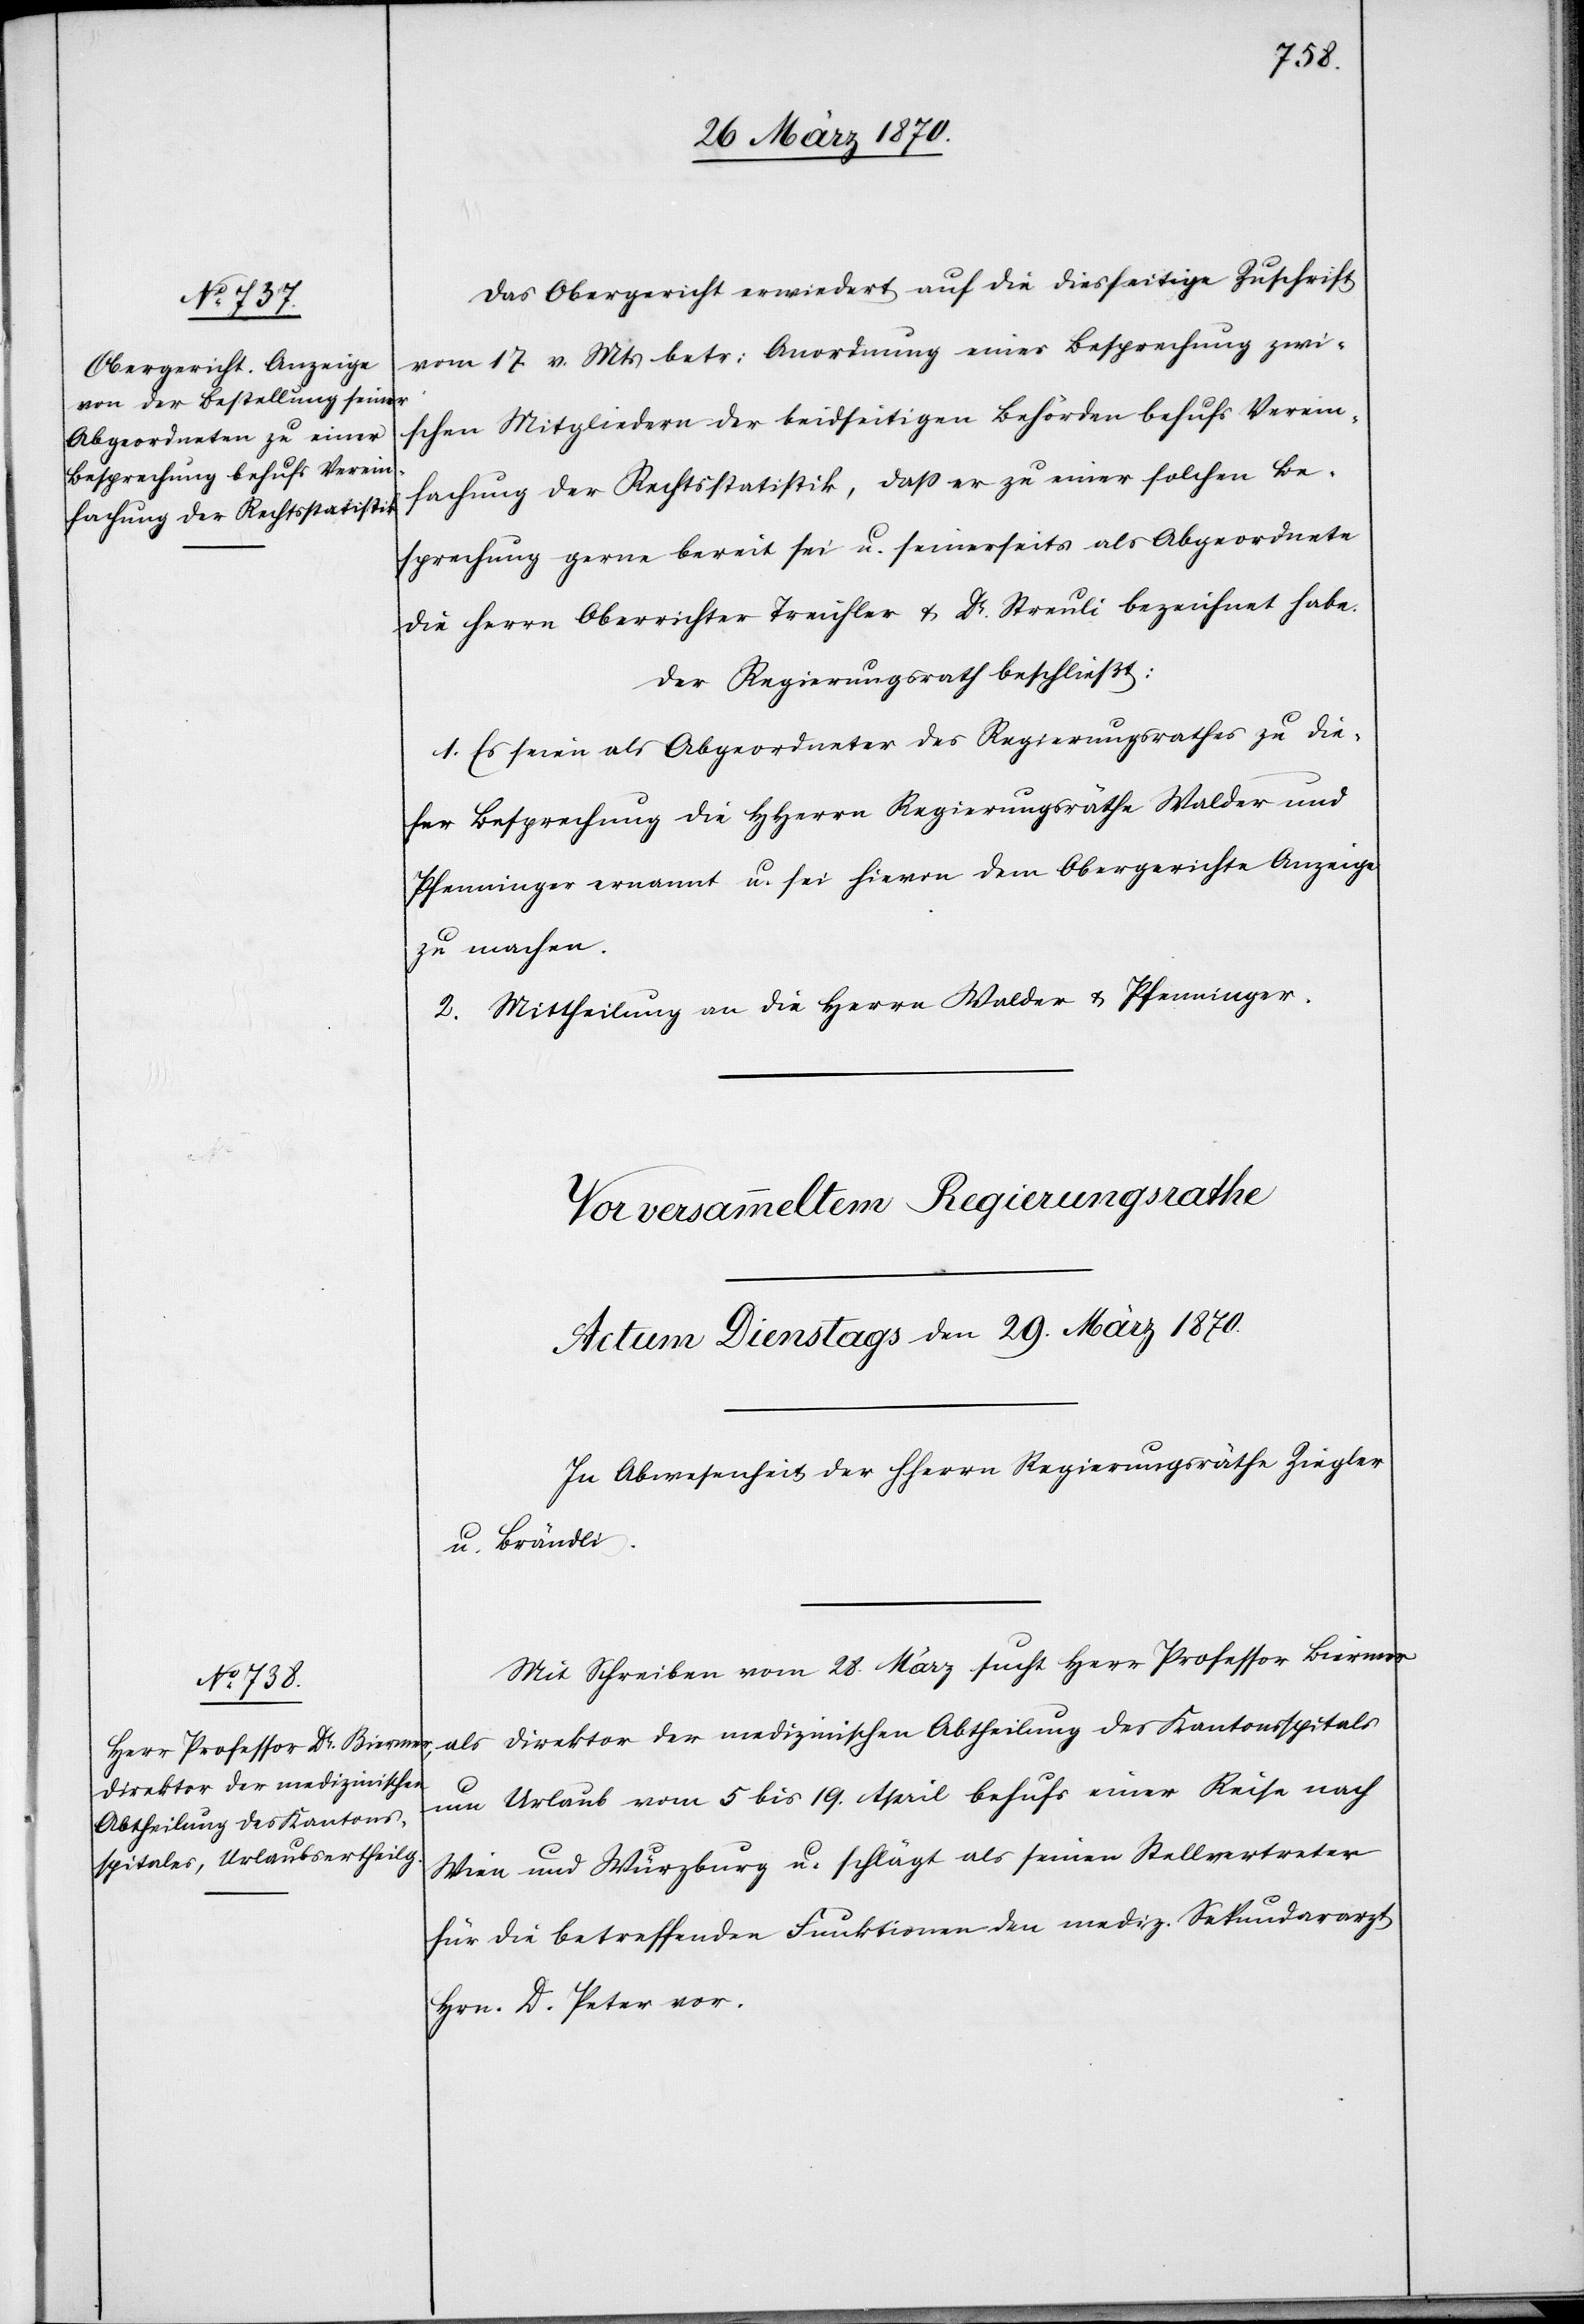
Das Obergericht erwiedert auf die diesseitige Zuschrift
vom 17 v. Mts betr: Anordnung einer Besprechung zwi¬
schen Mitgliedern der beidseitigen Behörden behufs Verein¬
fachung der Rechtsstatistik, daß er [sic!] zu einer solchen Be¬
sprechung gerne bereit sei u. seinerseits als Abgeordnete
die Herrn Oberrichter Treichler & Dr. Streuli bezeichnet habe.
Der Regierungsrath beschließt:
1. Es seien als Abgeordnete des Regierungsrathes zu die¬
ser Besprechung die HHerrn Regierungsräthe Walder und
Pfenninger ernannt u. sei hievon dem Obergerichte Anzeige
zu machen.
2. Mittheilung an die Herrn Walder & Pfenninger.
Mit Schreiben vom 28. März sucht Herr Professor Biermer
als Direktor der medizinischen Abtheilung des Kantonsspitals
um Urlaub vom 5 bis 19. April behufs einer Reise nach
Wien und Würzburg [nach] u. schlägt als seinen Stellvertreter
für die betreffenden Funktionen den mediz. Sekundararzt
Hrn. D. Peter vor.